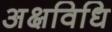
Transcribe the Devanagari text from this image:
अक्षविधि